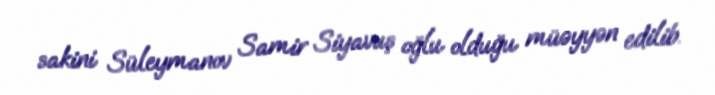
sakini Süley­manov Samir Siyavuş oğlu olduğu müəyyən edilib.